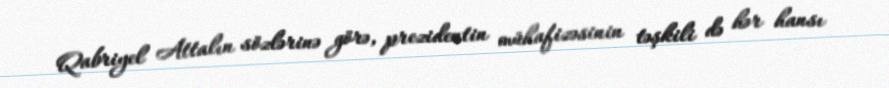
Qabriyel Attalın sözlərinə görə, prezidentin mühafizəsinin təşkili də hər hansı